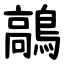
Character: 鶮